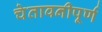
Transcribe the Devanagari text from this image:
चेतावनीपूर्ण